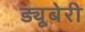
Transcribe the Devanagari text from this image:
ड्यूबेरी